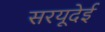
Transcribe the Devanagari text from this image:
सरयूदेई